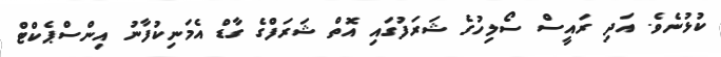
ކުޅުނެވެ. އަދި ރައީސް ސޯލިހުގެ ޝަރަފުގައި އޮތް ޝަރަފްގެ ގާޑް އެމަނިކުފާނު އިންސްޕެކްޓް